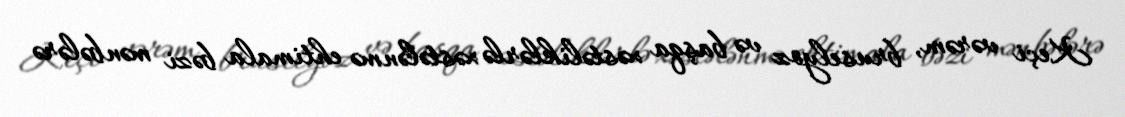
Keçi vərəm, bruselyoz və başqa xəstəliklərlə xəstələnmə ehtimala bəzi mənbələrə